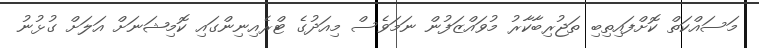
މަސައްކަތް ކޮށްފައިތިބި ތަޖުރިބާކާރު މުވައްޒަފުން ނަމަވެސް މިއަދުގެ ޓްރެއިނިންގައި ކޮމިޝަނަށް އަލަށް ގުޅުނު